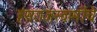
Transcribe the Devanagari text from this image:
हंसराजस्वामींचे